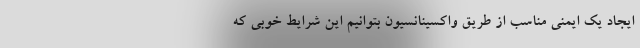
ایجاد یک ایمنی مناسب از طریق واکسینانسیون بتوانیم این شرایط خوبی که